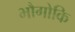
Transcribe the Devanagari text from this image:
भौगोकि